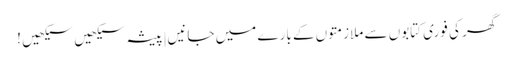
گھر کی فوری کتابوں سے ملازمتوں کے بارے میں جانیں|پیشہ سیکھیں سیکھیں !